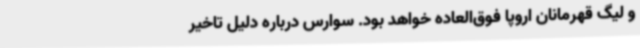
و لیگ قهرمانان اروپا فوق‌العاده خواهد بود. سوارس درباره دلیل تاخیر